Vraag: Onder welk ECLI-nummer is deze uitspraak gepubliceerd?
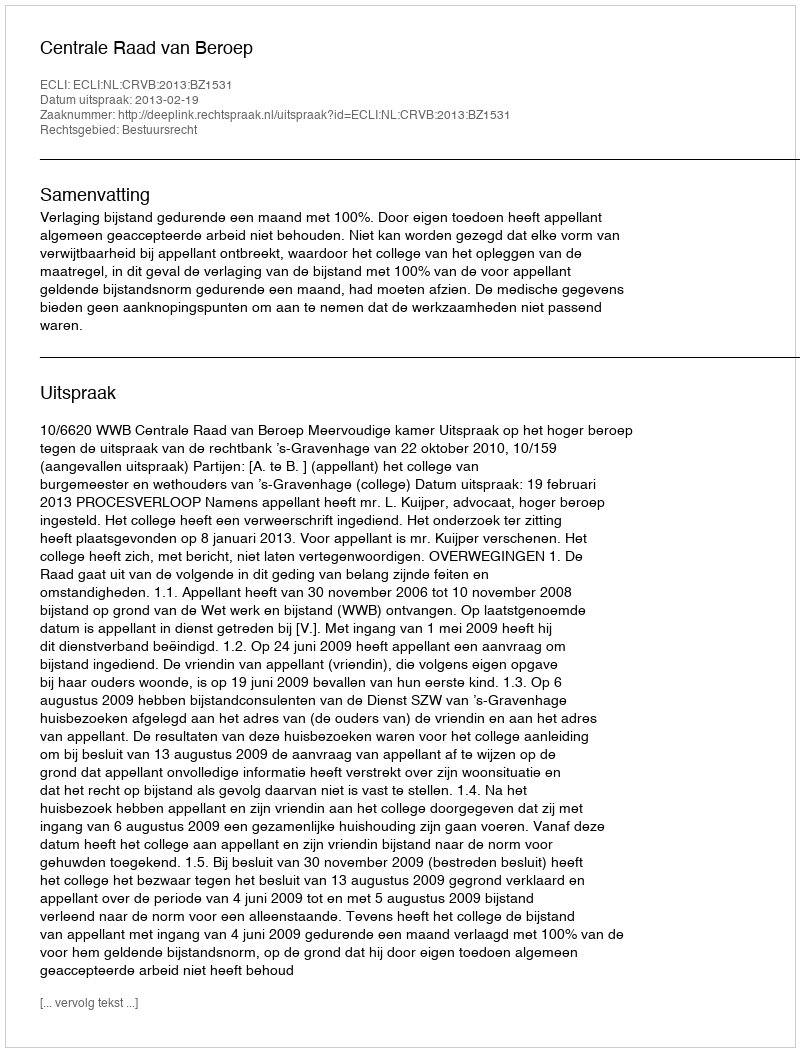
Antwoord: ECLI:NL:CRVB:2013:BZ1531